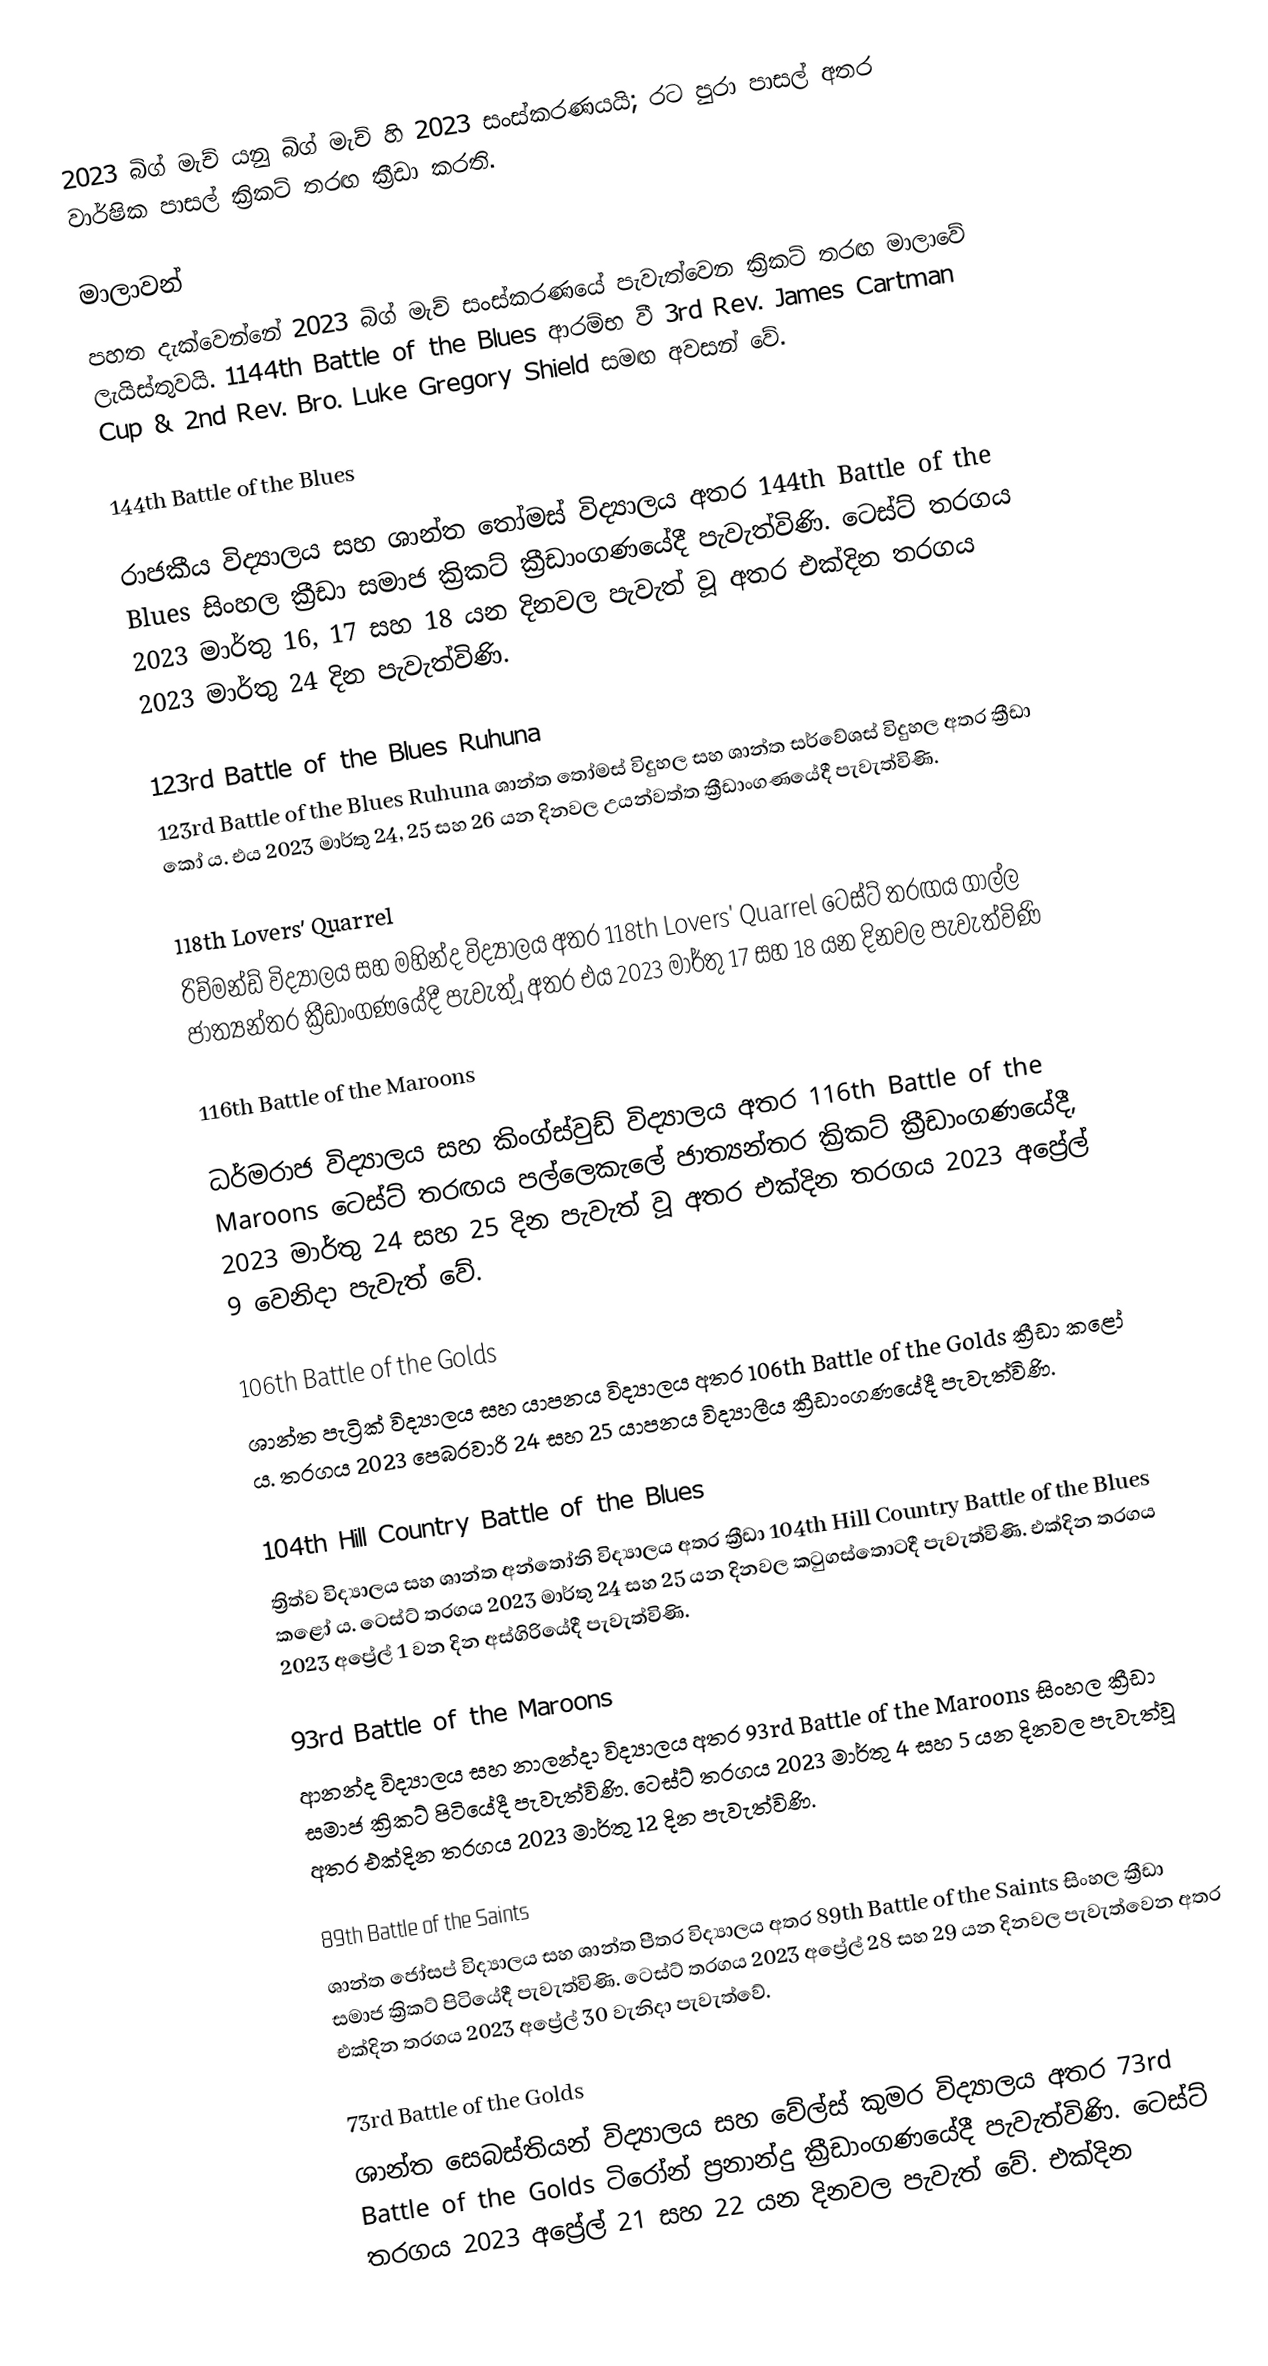
2023 බිග් මැච් යනු බිග් මැච් හි 2023 සංස්කරණයයි; රට පුරා පාසල් අතර වාර්ෂික පාසල් ක්‍රිකට් තරඟ ක්‍රීඩා කරති.

මාලාවන්
පහත දැක්වෙන්නේ 2023 බිග් මැච් සංස්කරණයේ පැවැත්වෙන ක්‍රිකට් තරඟ මාලාවේ ලැයිස්තුවයි.  1144th Battle of the Blues  ආරම්භ වී 3rd Rev. James Cartman Cup & 2nd Rev. Bro. Luke Gregory Shield සමඟ අවසන් වේ.

144th Battle of the Blues

රාජකීය විද්‍යාලය සහ ශාන්ත තෝමස් විද්‍යාලය අතර 144th Battle of the Blues සිංහල ක්‍රීඩා සමාජ ක්‍රිකට් ක්‍රීඩාංගණයේදී පැවැත්විණි. ටෙස්ට් තරගය 2023 මාර්තු 16, 17 සහ 18 යන දිනවල පැවැත් වූ අතර එක්දින තරගය 2023 මාර්තු 24 දින පැවැත්විණි.

123rd Battle of the Blues Ruhuna
123rd Battle of the Blues Ruhuna ශාන්ත තෝමස් විදුහල සහ ශාන්ත සර්වේශස් විදුහල අතර ක්‍රීඩා කෝ ය. එය 2023 මාර්තු 24, 25 සහ 26 යන දිනවල උයන්වත්ත ක්‍රීඩාංගණයේදී පැවැත්විණි.

118th Lovers' Quarrel
රිච්මන්ඩ් විද්‍යාලය සහ මහින්ද විද්‍යාලය අතර 118th Lovers' Quarrel ටෙස්ට් තරඟය ගාල්ල ජාත්‍යන්තර ක්‍රීඩාංගණයේදී පැවැත් ූ අතර එය 2023 මාර්තු 17 සහ 18 යන දිනවල පැවැත්විණි

116th Battle of the Maroons

ධර්මරාජ විද්‍යාලය සහ කිංග්ස්වුඩ් විද්‍යාලය අතර 116th Battle of the Maroons ටෙස්ට් තරඟය පල්ලෙකැලේ ජාත්‍යන්තර ක්‍රිකට් ක්‍රීඩාංගණයේදී, 2023 මාර්තු 24  සහ 25 දින පැවැත් වූ අතර    එක්දින තරගය 2023 අප්‍රේල් 9 වෙනිදා පැවැත් වේ.

106th Battle of the Golds
ශාන්ත පැට්‍රික් විද්‍යාලය සහ යාපනය විද්‍යාලය අතර 106th Battle of the Golds ක්‍රීඩා කළෝ ය. තරගය 2023 පෙබරවාරි 24  සහ 25  යාපනය විද්‍යාලීය ක්‍රීඩාංගණයේදී පැවැත්විණි.

104th Hill Country Battle of the Blues
ත්‍රිත්ව විද්‍යාලය සහ ශාන්ත අන්තෝනි විද්‍යාලය අතර ක්‍රීඩා 104th Hill Country Battle of the Blues කළෝ ය. ටෙස්ට් තරගය 2023 මාර්තු 24 සහ 25 යන දිනවල කටුගස්තොටදී පැවැත්විණි.  එක්දින තරගය 2023 අප්‍රේල් 1 වන දින අස්ගිරියේදී පැවැත්විණි.

93rd Battle of the Maroons
ආනන්ද විද්‍යාලය සහ නාලන්දා විද්‍යාලය අතර 93rd Battle of the Maroons සිංහල ක්‍රීඩා සමාජ ක්‍රිකට් පිටියේදී පැවැත්විණි. ටෙස්ට් තරගය 2023 මාර්තු 4 සහ 5 යන දිනවල පැවැත්වූ අතර  එක්දින තරගය 2023 මාර්තු 12 දින පැවැත්විණි.

89th Battle of the Saints
ශාන්ත ජෝසප් විද්‍යාලය සහ ශාන්ත පීතර විද්‍යාලය අතර 89th Battle of the Saints සිංහල ක්‍රීඩා සමාජ ක්‍රිකට් පිටියේදී පැවැත්විණි. ටෙස්ට් තරගය 2023 අප්‍රේල් 28 සහ 29 යන දිනවල පැවැත්වෙන අතර එක්දින තරගය 2023 අප්‍රේල් 30 වැනිදා පැවැත්වේ.

73rd Battle of the Golds
ශාන්ත සෙබස්තියන් විද්‍යාලය සහ වේල්ස් කුමර විද්‍යාලය අතර 73rd Battle of the Golds ටිරෝන් ප්‍රනාන්දු ක්‍රීඩාංගණයේදී පැවැත්විණි. ටෙස්ට් තරගය 2023 අප්‍රේල් 21 සහ 22 යන දිනවල පැවැත් වේ. එක්දින